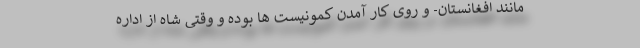
مانند افغانستان- و روی کار آمدن کمونیست ها بوده و وقتی شاه از اداره